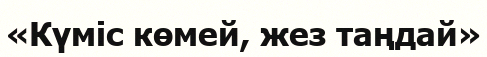
«Күміс көмей, жез таңдай»